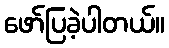
ဖော်ပြခဲ့ပါတယ်။